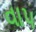
વાપ